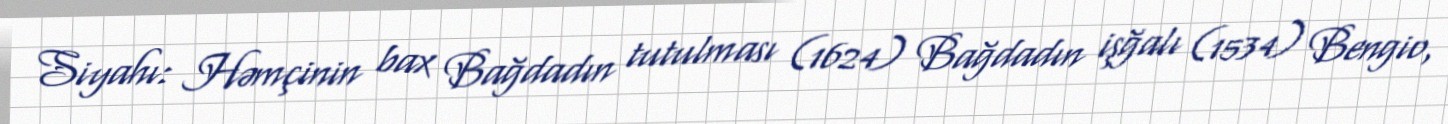
Siyahı: Həmçinin bax Bağdadın tutulması (1624) Bağdadın işğalı (1534) Bengio,